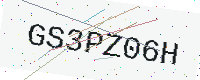
Text: GS3PZ06H